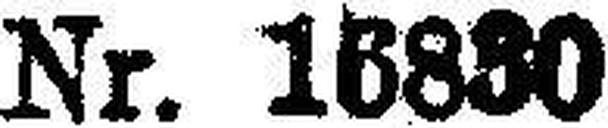
Nr. 16830